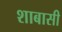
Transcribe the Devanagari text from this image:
शाबासी